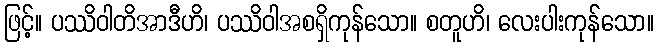
ဖြင့်။ ပဿိဝါတိအာဒီဟိ၊ ပဿိဝါအစရှိကုန်သော။ စတူဟိ၊ လေးပါးကုန်သော။